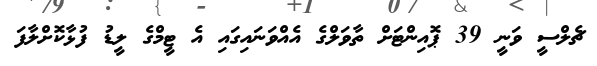
ޗެލްސީ ވަނީ 39 ޕޮއިންޓަށް ތާވަލްގެ އެއްވަނައިގައި އެ ޓީމްގެ ލީޑު ފުޅާކޮށްލާފަ